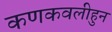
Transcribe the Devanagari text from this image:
कणकवलीहुन